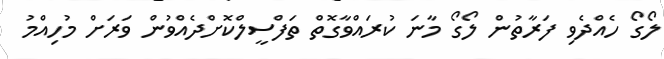
ލޯގޯ ހެއްދެވި ފަރާތުން ލޯގޯ މާނަ ކުރައްވާގޮތް ތަފްސީލްކޮށްދެއްވުން ވަރަށް މުހިއްމު